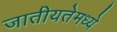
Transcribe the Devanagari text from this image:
जातीयतेमध्ये